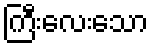
ကြီးလေးသော